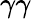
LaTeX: \gamma\gamma